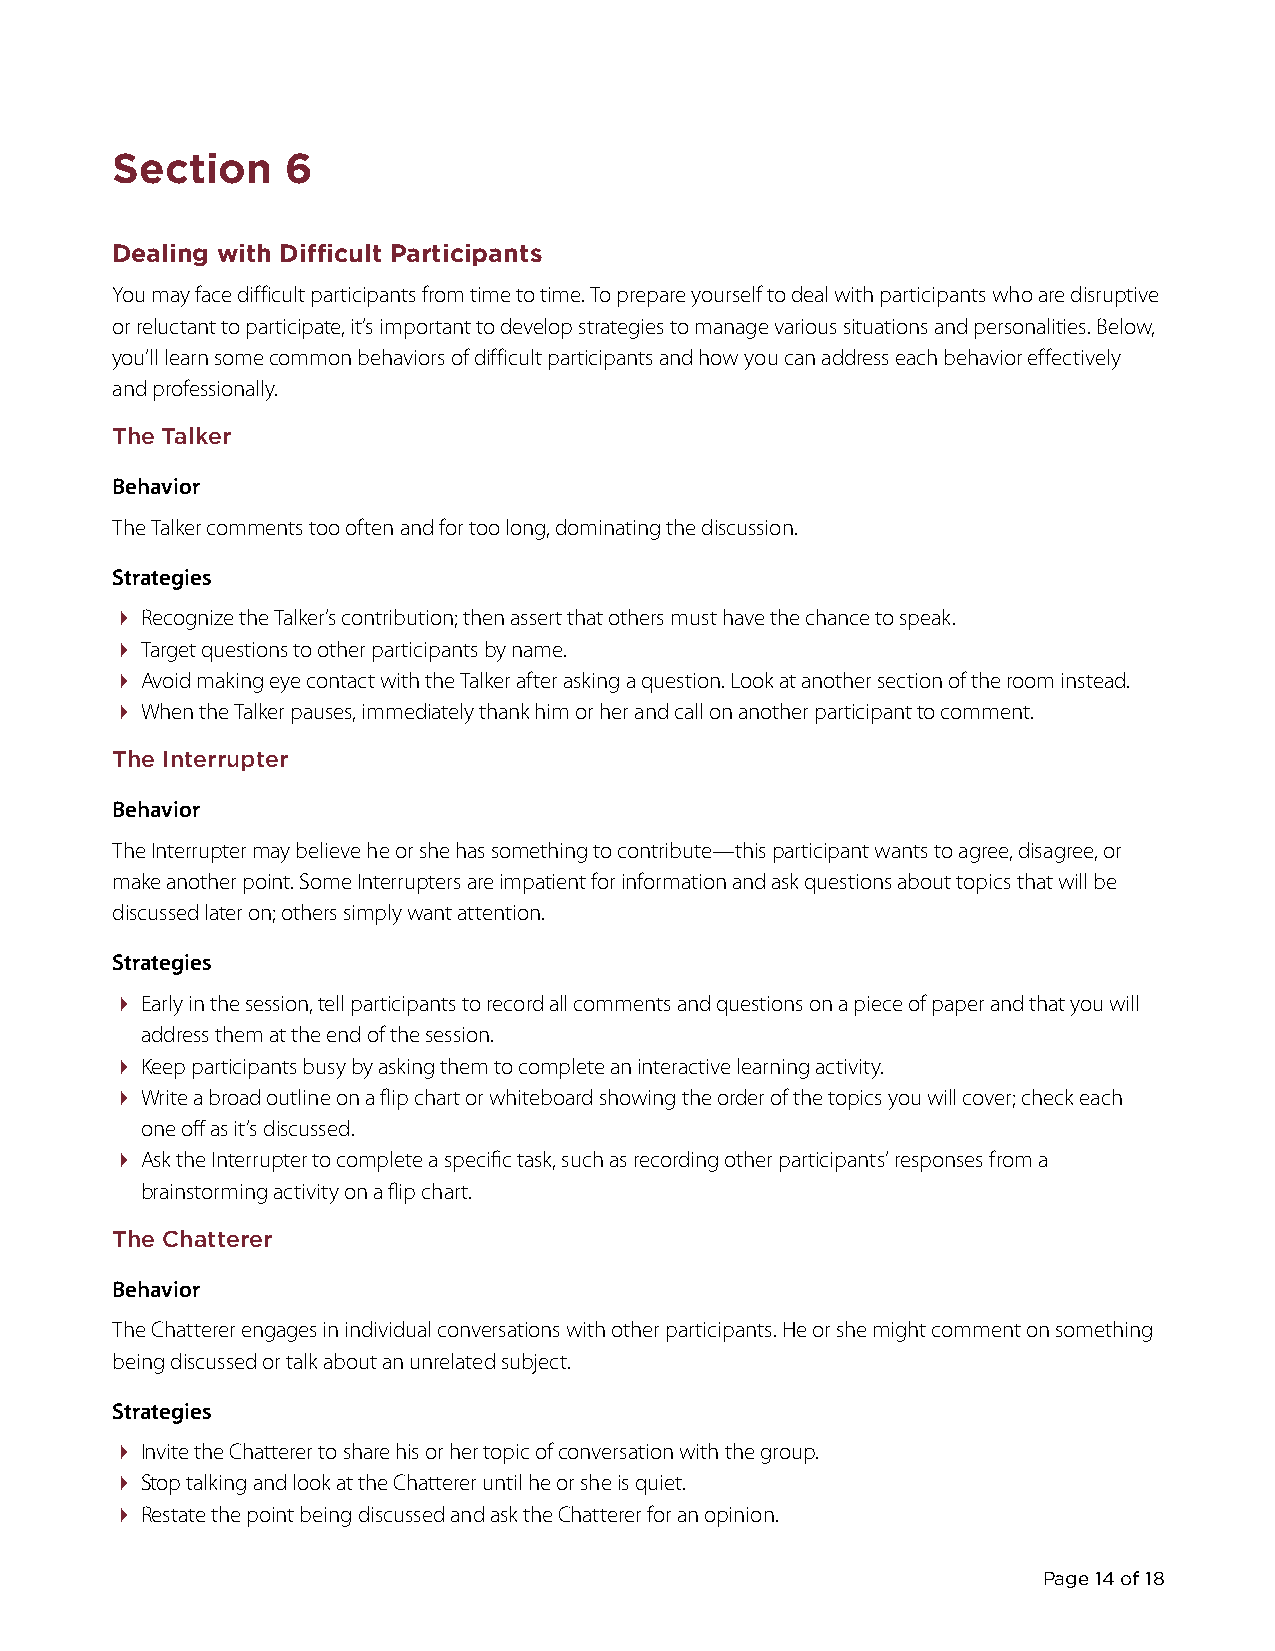
Section     6
 Dealing with Difficult Participants
 You may face difficult participants from time to time. To prepare yourself to deal with participants who are disruptive
 or reluctant to participate, it’s important to develop strategies to manage various situations and personalities. Below,
 you’ll learn some common behaviors of difficult participants and how you can address each behavior effectively
 and professionally.
 The Talker
 Behavior
 The Talker comments too often and for too long, dominating the discussion.
 Strategies
  Recognize the Talker’s contribution; then assert that others must have the chance to speak.
  Target questions to other participants by name.
  Avoid making eye contact with the Talker after asking a q uestion. Look at another section of the room instead.
  When the Talker pauses, immediately thank him or her and call on another participant to comment.
 The Interrupter
 Behavior
 The Interrupter may believe he or she has something to contribute—this p articipant wants to agree, disagree, or
 make another point. Some Interrupters are impatient for information and ask questions about topics that will be
 discussed later on; others simply want attention.
 Strategies
  Early in the session, tell participants to record all comments and q uestions on a piece of paper and that you will
 address them at the end of the session.
  Keep participants busy by asking them to complete an interactive learning activity.
  Write a broad outline on a flip chart or whiteboard showing the order of the topics you will cover; check each
 one off as it’s discussed.
  Ask the Interrupter to complete a specific task, such as recording other participants’ responses from a
 brainstorming activity on a flip chart.
 The Chatterer
 Behavior
 The Chatterer engages in individual conversations with other participants. He or she might comment on something
 being discussed or talk about an unrelated subject.
 Strategies
  Invite the Chatterer to share his or her topic of conversation with the group.
  Stop talking and look at the Chatterer until he or she is quiet.
  Restate the point being discussed and ask the Chatterer for an opinion.
 Page 14 of 18